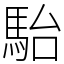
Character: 駘